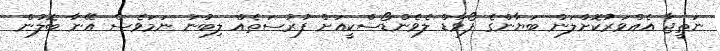
ނަތީޖާ އެއްވަރުކޮށްލަން ބަޔާންގެ ފޯވާޑް ލެވެންޑޯސްކީއަށް ފުރުސަތެއް ލިބުނު ނަމަވެސް އޭނާ ބޮލުން